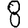
Digit: 8